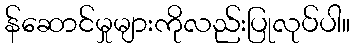
န်ဆောင်မှုများကိုလည်းပြုလုပ်ပါ။